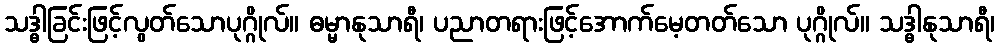
သဒ္ဓါခြင်းဖြင့်လွတ်သောပုဂ္ဂိုလ်။ ဓမ္မာနုသာရီ၊ ပညာတရားဖြင့်အောက်မေ့တတ်သော ပုဂ္ဂိုလ်။ သဒ္ဓါနုသာရီ၊